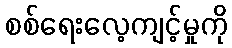
စစ်ရေးလေ့ကျင့်မှုကို